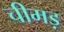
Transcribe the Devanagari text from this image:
चीमड़